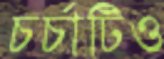
চর্চাটিও